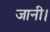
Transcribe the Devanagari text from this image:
जानी।